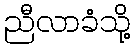
ညီလာခံသို့